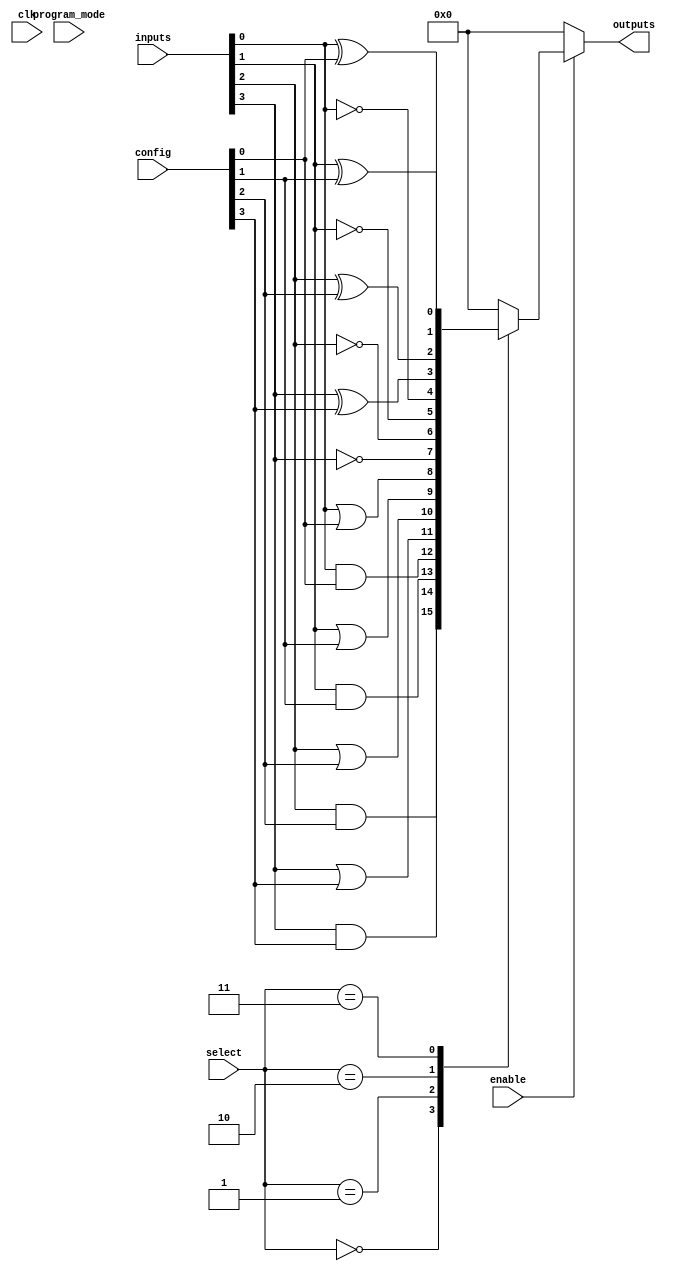
module CLB (
    input wire [15:0] inputs,        // 16 input lines
    input wire [3:0] select,         // Select lines for multiplexers
    input wire [3:0] config,         // Configuration for logic functions
    input wire clk,                  // Clock signal for synchronous operation
    input wire enable,               // Enable signal for the CLB
    input wire program_mode,         // Programming mode signal
    output reg [3:0] outputs         // 4 output lines
);

// Internal signals for logic gates
wire [15:0] and_out;
wire [15:0] or_out;
wire [15:0] not_out;
wire [15:0] xor_out;

// AND gates
genvar i;
generate
    for (i = 0; i < 16; i = i + 1) begin : and_gates
        assign and_out[i] = inputs[i] & config[i]; // Configurable AND
    end
endgenerate

// OR gates
generate
    for (i = 0; i < 16; i = i + 1) begin : or_gates
        assign or_out[i] = inputs[i] | config[i]; // Configurable OR
    end
endgenerate

// NOT gates
generate
    for (i = 0; i < 16; i = i + 1) begin : not_gates
        assign not_out[i] = ~inputs[i]; // NOT operation
    end
endgenerate

// XOR gates
generate
    for (i = 0; i < 16; i = i + 1) begin : xor_gates
        assign xor_out[i] = inputs[i] ^ config[i]; // Configurable XOR
    end
endgenerate

// Multiplexer to select output based on select lines
always @(*) begin
    if (enable) begin
        case (select)
            4'b0000: outputs = and_out[3:0]; // Select AND outputs
            4'b0001: outputs = or_out[3:0];  // Select OR outputs
            4'b0010: outputs = not_out[3:0]; // Select NOT outputs
            4'b0011: outputs = xor_out[3:0]; // Select XOR outputs
            default: outputs = 4'b0000;       // Default case
        endcase
    end else begin
        outputs = 4'b0000; // Disable outputs if not enabled
    end
end

// Programming and Erasure Logic (simplified)
always @(posedge clk) begin
    if (program_mode) begin
        // Logic to program the configuration
        // This would typically involve writing to a memory or register
        // For simplicity, we will just use the config input directly
    end
end

endmodule